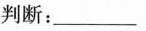
判断：___